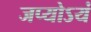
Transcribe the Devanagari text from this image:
जप्योऽयं